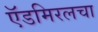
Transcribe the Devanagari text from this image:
ऍडमिरलचा